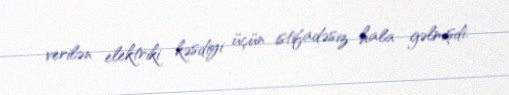
verilən elektriki kəsdiyi üçün istifadəsiz hala gəlmişdi.